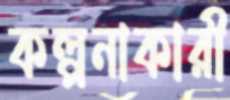
কল্পনাকারী